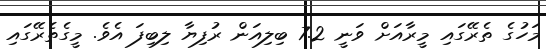
މަހުގެ ތެރޭގައި މީރާއަށް ވަނީ 7.2 ބިލިއަން ރުފިޔާ ލިބިފަ އެވެ. މީގެތެރޭގައި